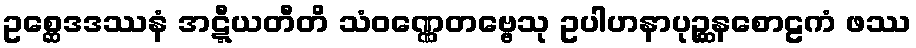
ဥစ္ဆေဒဒဿနံ အဋ္ဋီယတီတိ သံဝဏ္ဏေတဗ္ဗေသု ဥပါဟနာပုဉ္ဆနစောဠကံ ဖဿ